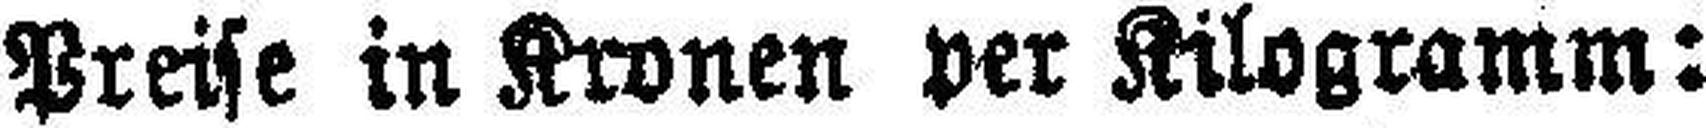
Preise in Kronen per Kilogramm: